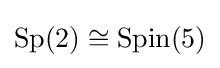
\operatorname {Sp} (2)\cong \operatorname {Spin} (5)